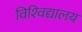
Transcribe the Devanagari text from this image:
विश्‍विद्यालय